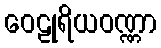
ဝေဠုရိယဝဏ္ဏာ